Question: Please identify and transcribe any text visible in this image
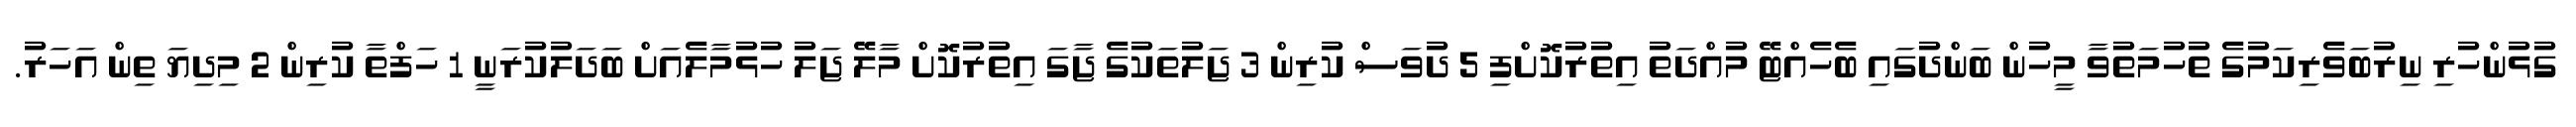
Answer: ގުޅުންހުރި ނިރުބަވެރިކަމުގެ ތުހުމަތުވާ މީހުން ބަންދުގައި ބެހެއްޓޭ މުއްދަތު އިތުރުކޮށްފި 5 ދުވަސް ކުރިން 3 ޖަލުތަކުގެ ޖާގަ އިތުރުކޮށް މާލޭ ޖަލު ހުޅުމާލެއަށް ބަދަލުކުރަނީ 1 ހަފްތާ ކުރިން 2 މިދިޔަ ތިން އަހަރު.